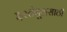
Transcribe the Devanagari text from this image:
इस्तंबूलसाठी